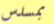
بمسدس